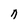
Character: n